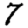
Digit: 7